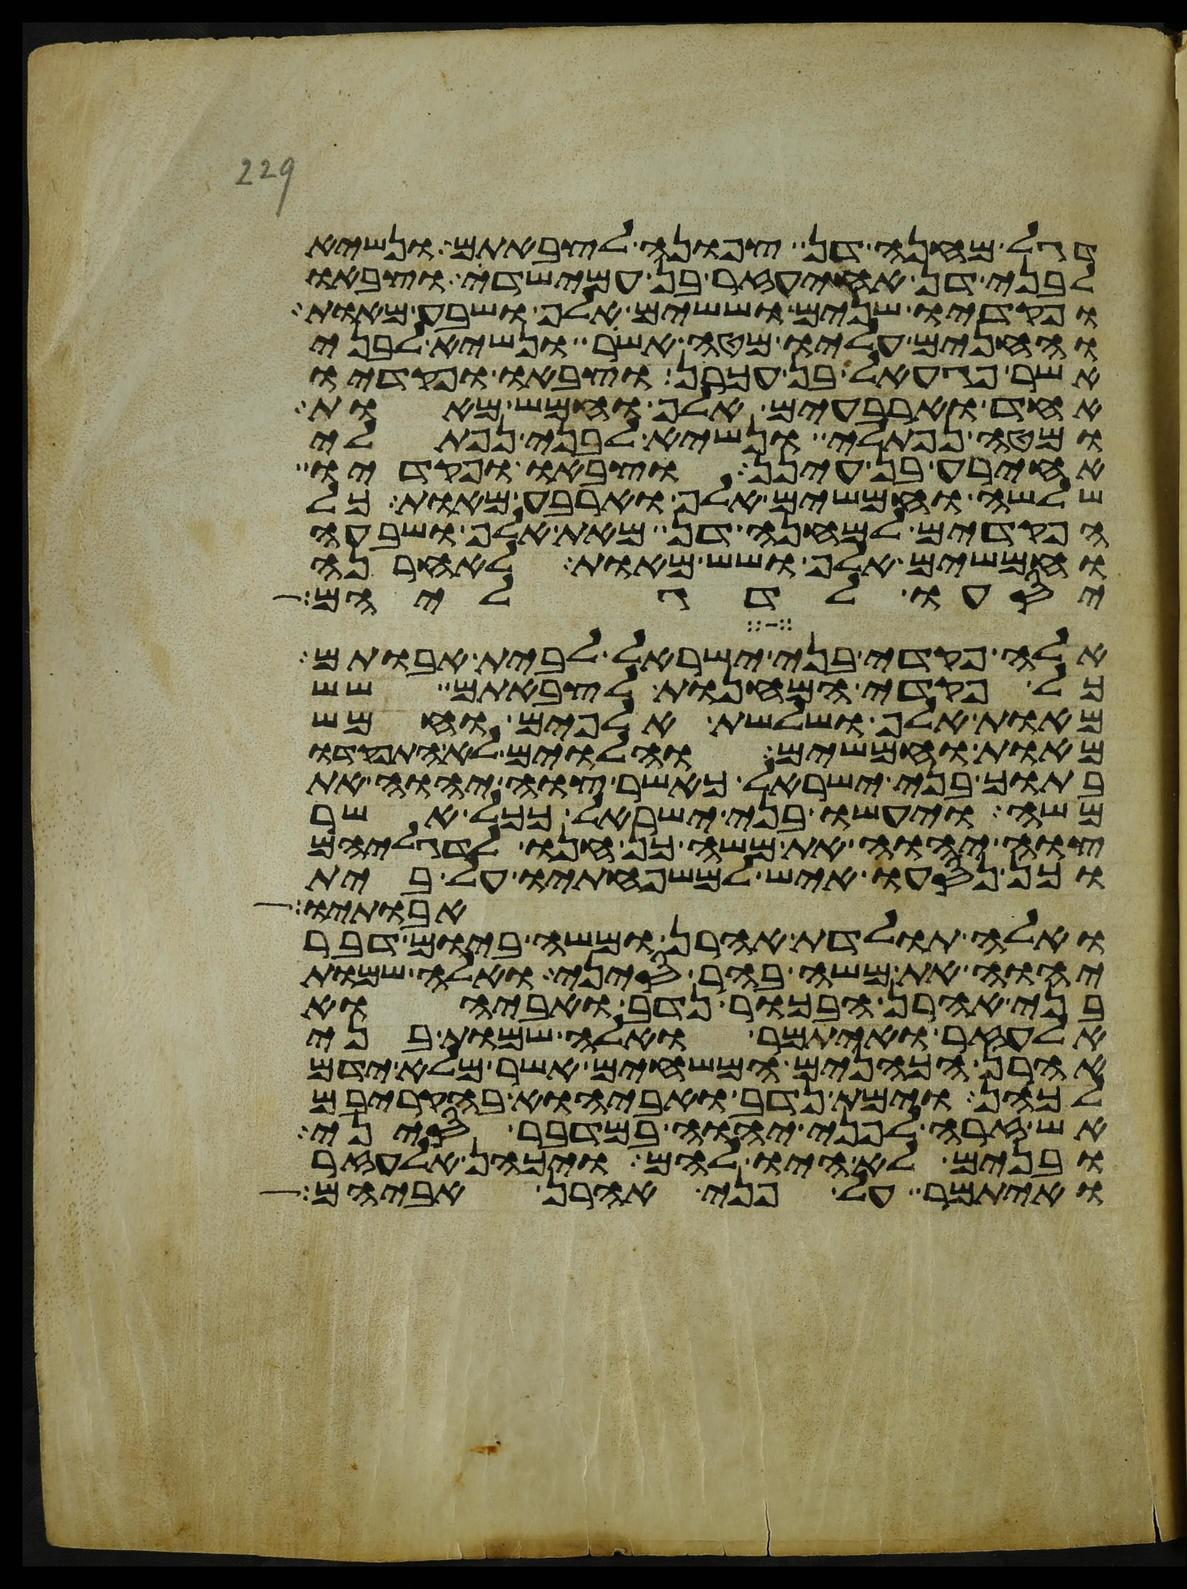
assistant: דגל מחנה דן צפונה לצבאתם ונשיא
לבני דן אחיעזר בן עמישדי וצבאו
ופקדיו שנים וששים אלף ושבע מאות
והחנים עליו מטה אשר ונשיא לבני
אשר פגעאל בן עכרן וצבאו ופקדיו
אחד וארבעים אלף וחמש מאות
ומטה נפתלי ונשיא לבני נפתלי
אחירע בן עינן וצבאו ופקדיו
שלשה וחמשים אלף וארבע מאות כל
הפקדים למחנה דן מאת אלף ושבעה
וחמשים אלף ושש מאות לאחרנה
יסעו לדגליהם
אלה פקדי בני ישראל לבית אבותם
כל פקדי המחנות לצבאתם שש
מאות אלף ושלשת אלפים וחמש
מאות וחמשים והלוים לא התפקדו
בתוך בני ישראל כאשר צוה יהוה את
משה ויעשו בני ישראל ככל אשר
צוה יהוה את משה כן חנו לדגליהם
וכן נסעו איש למשפחותיו על בית
אבותיו
ואלה תולדת אהרן ומשה ביום דבר
יהוה את משה בהר סיני ואלה שמות
בני אהרן הבכור נדב ואביהוא
אלעזר ואיתמר אלה שמות בני
אהרן הכהנים המשחים אשר מלא ידם
לכהן וימת נדב ואביהוא בהקריבם
אש זרה לפני יהוה במדבר סיני
ובנים לא היו להם ויכהן אלעזר
ואיתמר על פני אהרן אביהם